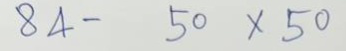
84 - 50 x 50